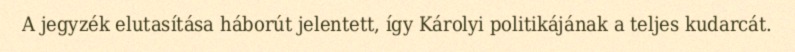
A jegyzék elutasítása háborút jelentett, így Károlyi politikájának a teljes kudarcát.